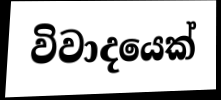
විවාදයෙක්